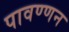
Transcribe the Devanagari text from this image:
पावण्णन